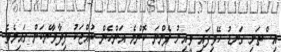
އިސްތަށި ގަނޑު ހޭވިފައި ވީއިރު ފެންނަ ކޮންމެ އަންހެން ކުއްޖަކު ފިދާވާނެކަން ގައިމެވެ.